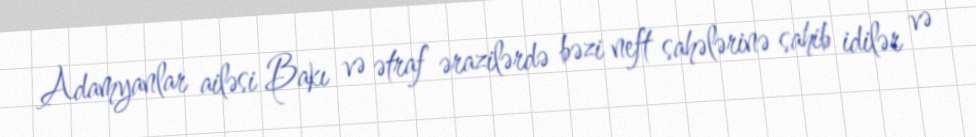
Adamyanlar ailəsi Bakı və ətraf ərazilərdə bəzi neft sahələrinə sahib idilər və